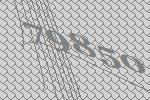
79850